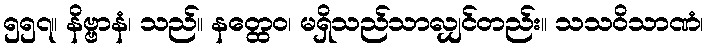
၅၅၇။ နိဗ္ဗာနံ၊ သည်။ နတ္ထေဝ၊ မရှိသည်သာလျှင်တည်း။ သသဝိသာဏံ၊